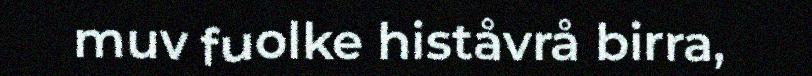
muv fuolke histåvrå birra,